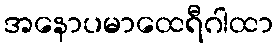
အနောပမာထေရီဂါထာ